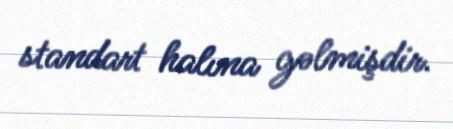
standart halına gəlmişdir.